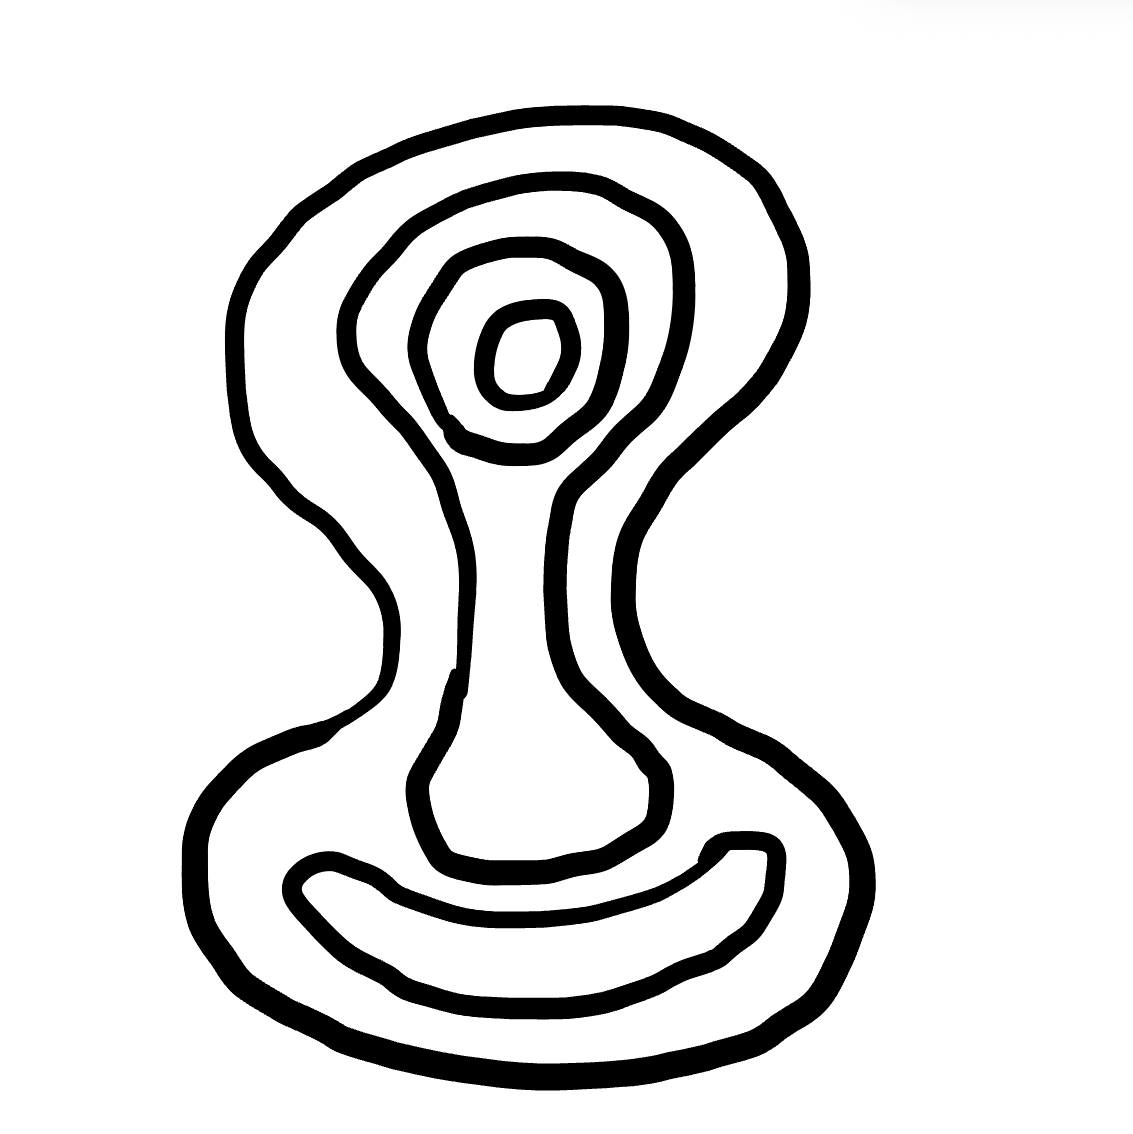
Number of regions (including the outer root region): 6
Containment tree edges (parent, child): 0, 1, 1, 2, 1, 3, 3, 4, 4, 5